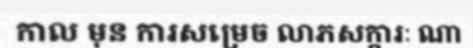
កាល មុន ការសម្រេច លាភសក្ការៈ ណា